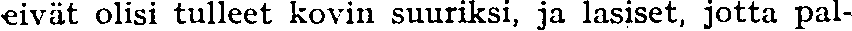
eivät olisi tulleet kovin suuriksi, ja lasiset, jotta pal-